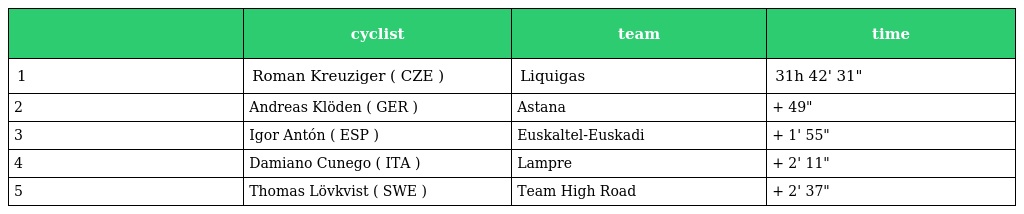
|  | cyclist | team | time |
 | --- | --- | --- | --- |
 | 1 | Roman Kreuziger ( CZE ) | Liquigas | 31h 42' 31" |
 | 2 | Andreas Klöden ( GER ) | Astana | + 49" |
 | 3 | Igor Antón ( ESP ) | Euskaltel-Euskadi | + 1' 55" |
 | 4 | Damiano Cunego ( ITA ) | Lampre | + 2' 11" |
 | 5 | Thomas Lövkvist ( SWE ) | Team High Road | + 2' 37" |